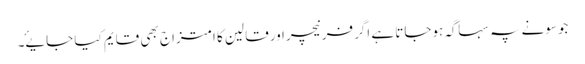
جوسونے پہ سہاگہ ہوجاتا ہے اگرفرنیچراورقالین کا امتزاج بھی قایم کیا جایۓ۔